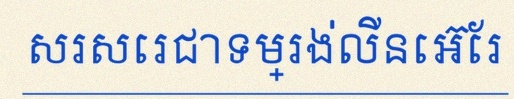
សរសេរជាទម្រង់លីនេអ៊ែរ